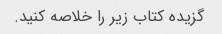
گزیده کتاب زیر را خلاصه کنید.